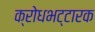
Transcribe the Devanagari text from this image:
क्रोधभट्टारक